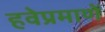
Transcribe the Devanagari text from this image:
हवेप्रमाणें